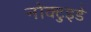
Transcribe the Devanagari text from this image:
नोक्टुइडे